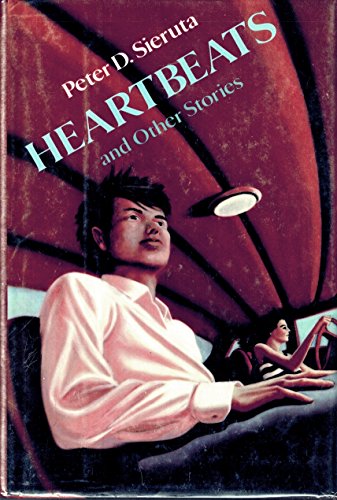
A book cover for Heartbeats and Other Stories; Peter D. Sieruta; Teen & Young Adult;